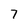
Character: 7